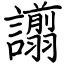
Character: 譾